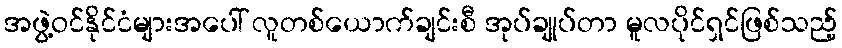
အဖွဲ့ဝင်နိုင်ငံများအပေါ် လူတစ်ယောက်ချင်းစီ အုပ်ချုပ်တာ မူလပိုင်ရှင်ဖြစ်သည့်